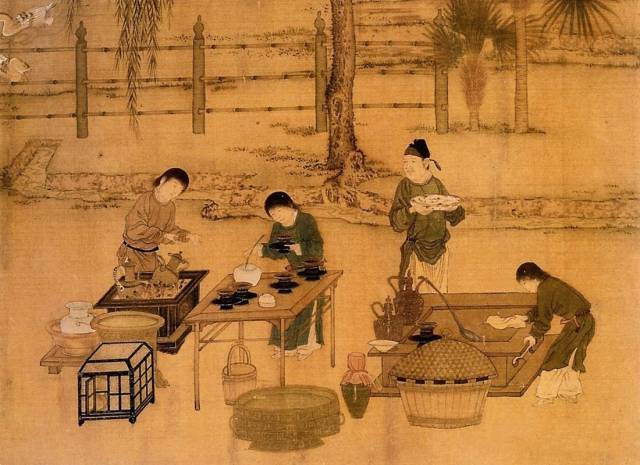
鲍鱼兰芷，不同箧而藏。